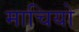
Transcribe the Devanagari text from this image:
माचियो